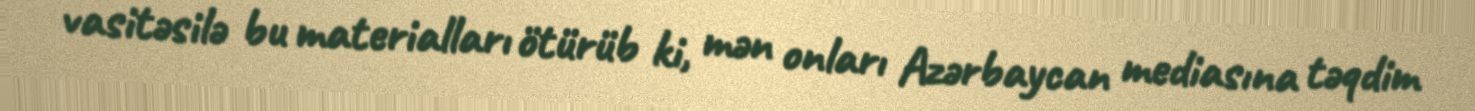
vasitəsilə bu materialları ötürüb ki, mən onları Azərbaycan mediasına təqdim